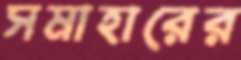
সমাহারের